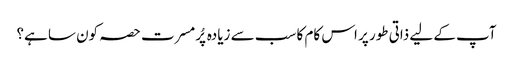
آپ کے لیے ذاتی طور پر اس کام کا سب سے زیادہ پُرمسرت حصہ کون سا ہے؟